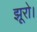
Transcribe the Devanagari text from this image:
झूरो।